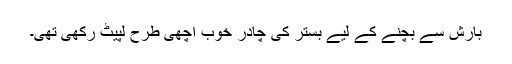
بارش سے بچنے کے لیے بستر کی چادر خوب اچھی طرح لپیٹ رکھی تھی۔